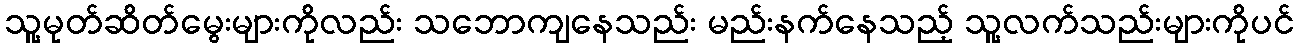
သူ့မုတ်ဆိတ်မွေးများကိုလည်း သဘောကျနေသည်း မည်းနက်နေသည့် သူ့လက်သည်းများကိုပင်